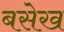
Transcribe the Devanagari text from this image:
बसेख